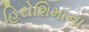
હિરોશિમાના